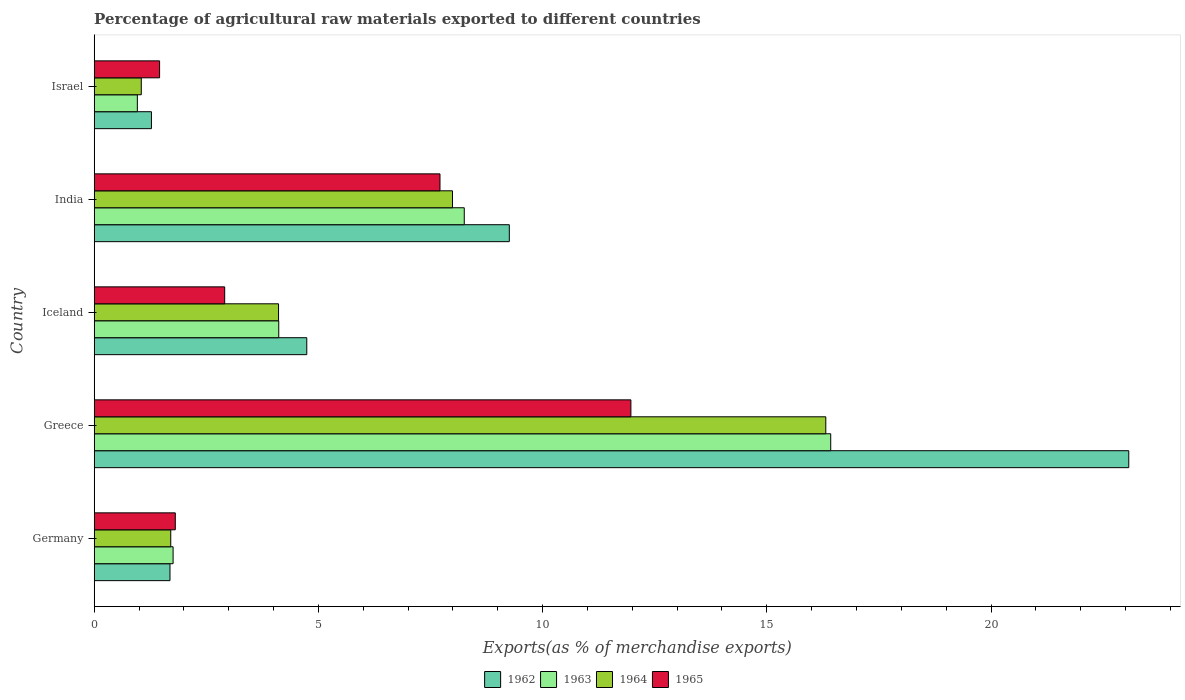
| Country | 1962 | 1963 | 1964 | 1965 |
 | --- | --- | --- | --- | --- |
 | Germany | 1.69 | 1.76 | 1.71 | 1.81 |
 | Greece | 23.1 | 16.4 | 16.3 | 12 |
 | Iceland | 4.74 | 4.12 | 4.11 | 2.91 |
 | India | 9.26 | 8.25 | 7.99 | 7.71 |
 | Israel | 1.28 | 0.962 | 1.05 | 1.46 |